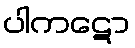
ပါကဋော